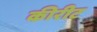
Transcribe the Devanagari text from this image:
कीरीट